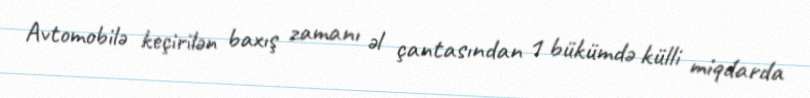
Avtomobilə keçirilən baxış zamanı əl çantasından 1 bükümdə külli miqdarda